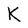
Character: K